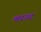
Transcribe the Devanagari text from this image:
मराद